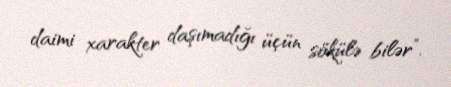
daimi xarakter daşımadığı üçün sökülə bilər”.